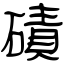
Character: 磧